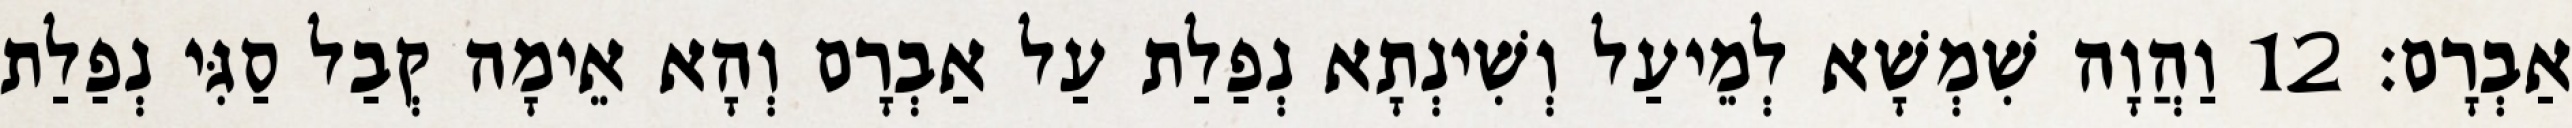
אַבְרָם׃ 12 וַהֲוָה שִׁמְשָׁא לְמֵיעַל וְשִׁינְתָא נְפַלַת עַל אַבְרָם וְהָא אֵימָה קְבַל סַגִּי נְפַלַת